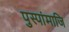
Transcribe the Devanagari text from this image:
पुस्पांमाजि